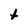
Character: t